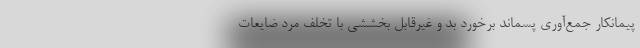
پیمانکار جمع‌آوری پسماند برخورد بد و غیر‌قابل بخششی با تخلف مرد ضایعات